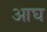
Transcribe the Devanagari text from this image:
आघ